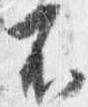
不